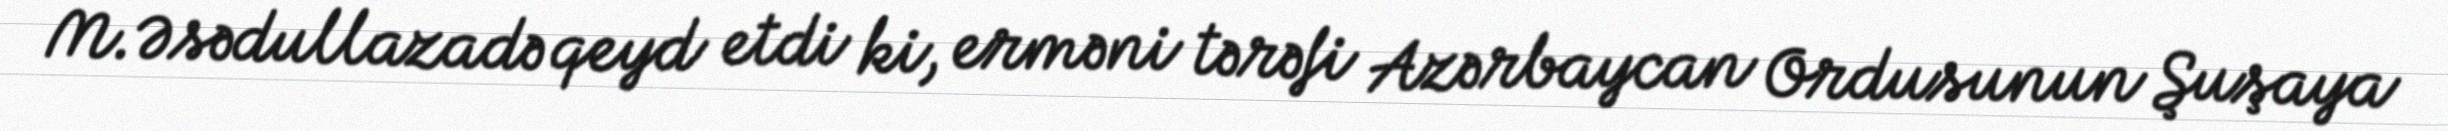
M.Əsədullazadə qeyd etdi ki, erməni tərəfi Azərbaycan Ordusunun Şuşaya